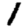
Digit: 1